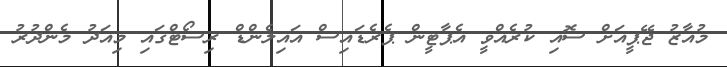
މުއާޒު ޖޭޕީއަށް ސޮއި ކުރެއްވީ އެޕާޓީން ޕެރެޑައިސް އައިލެންޑް ރިސޯޓްގައި މިއަދު މެންދުރު